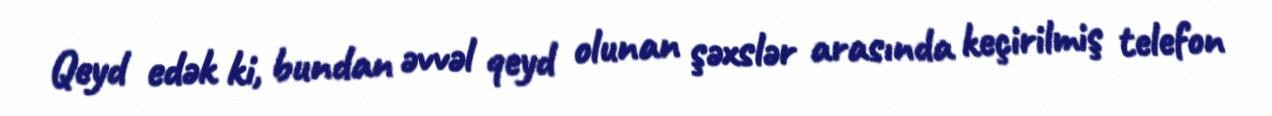
Qeyd edək ki, bundan əvvəl qeyd olunan şəxslər arasında keçirilmiş telefon